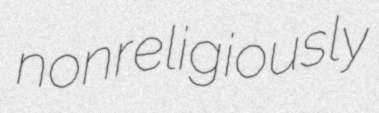
nonreligiously